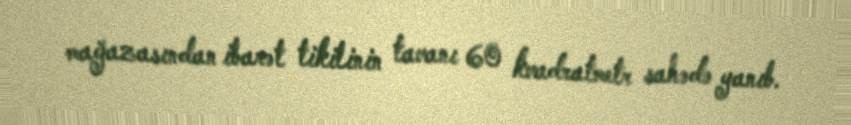
mağazasından ibarət tikilinin tavanı 60 kvadratmetr sahədə yanıb.